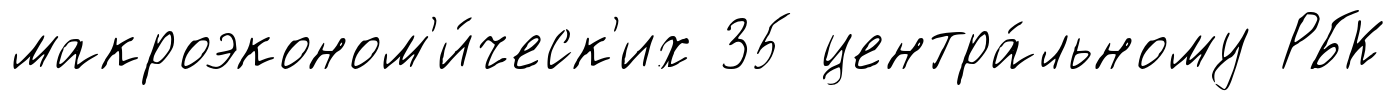
макроэконом'и́ческ'их 35 центра́льному РБК